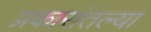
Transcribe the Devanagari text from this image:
प्रकारांतल्या